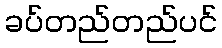
ခပ်တည်တည်ပင်